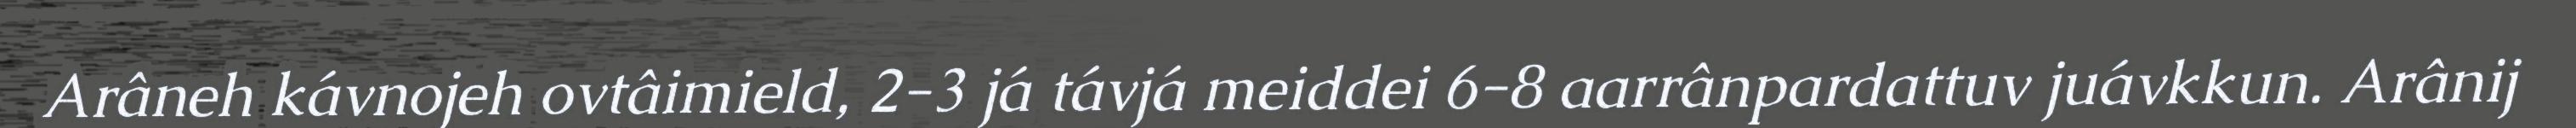
Arâneh kávnojeh ovtâimield, 2-3 já távjá meiddei 6-8 aarrânpardattuv juávkkun. Arânij